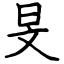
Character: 旻